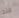
منذ